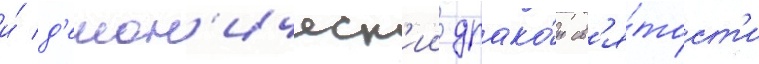
и́ д'емон'ическ'ии драко́н св'я́тост'и